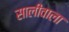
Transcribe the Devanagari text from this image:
सालीवाला